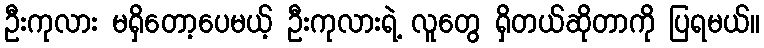
ဦးကုလား မရှိတော့ပေမယ့် ဦးကုလားရဲ့ လူတွေ ရှိတယ်ဆိုတာကို ပြရမယ်။